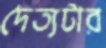
দৈত্যটার